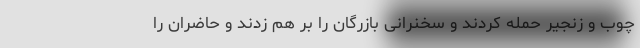
چوب و زنجیر حمله کردند و سخنرانی بازرگان را بر هم زدند و حاضران را